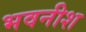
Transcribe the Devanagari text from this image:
भवनीश